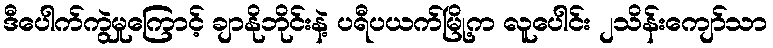
ဒီပေါက်ကွဲမှုကြောင့် ချာနိုဘိုင်းနဲ့ ပရီပယက်မြို့က လူပေါင်း ၂သိန်းကျော်သာ